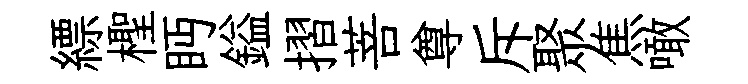
縹檉眄鎰摺菩尊斥聚焦噉